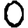
Digit: 0